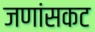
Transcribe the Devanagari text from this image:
जणांसकट